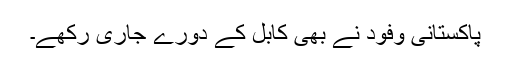
پاکستانی وفود نے بھی کابل کے دورے جاری رکھے۔